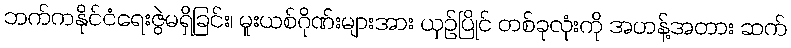
ဘက်ကနိုင်ငံရေးဇွဲမရှိခြင်း၊ မူးယစ်ဂိုဏ်းများအား ယှဉ်ပြိုင် တစ်ခုလုံးကို အဟန့်အတား ဆက်